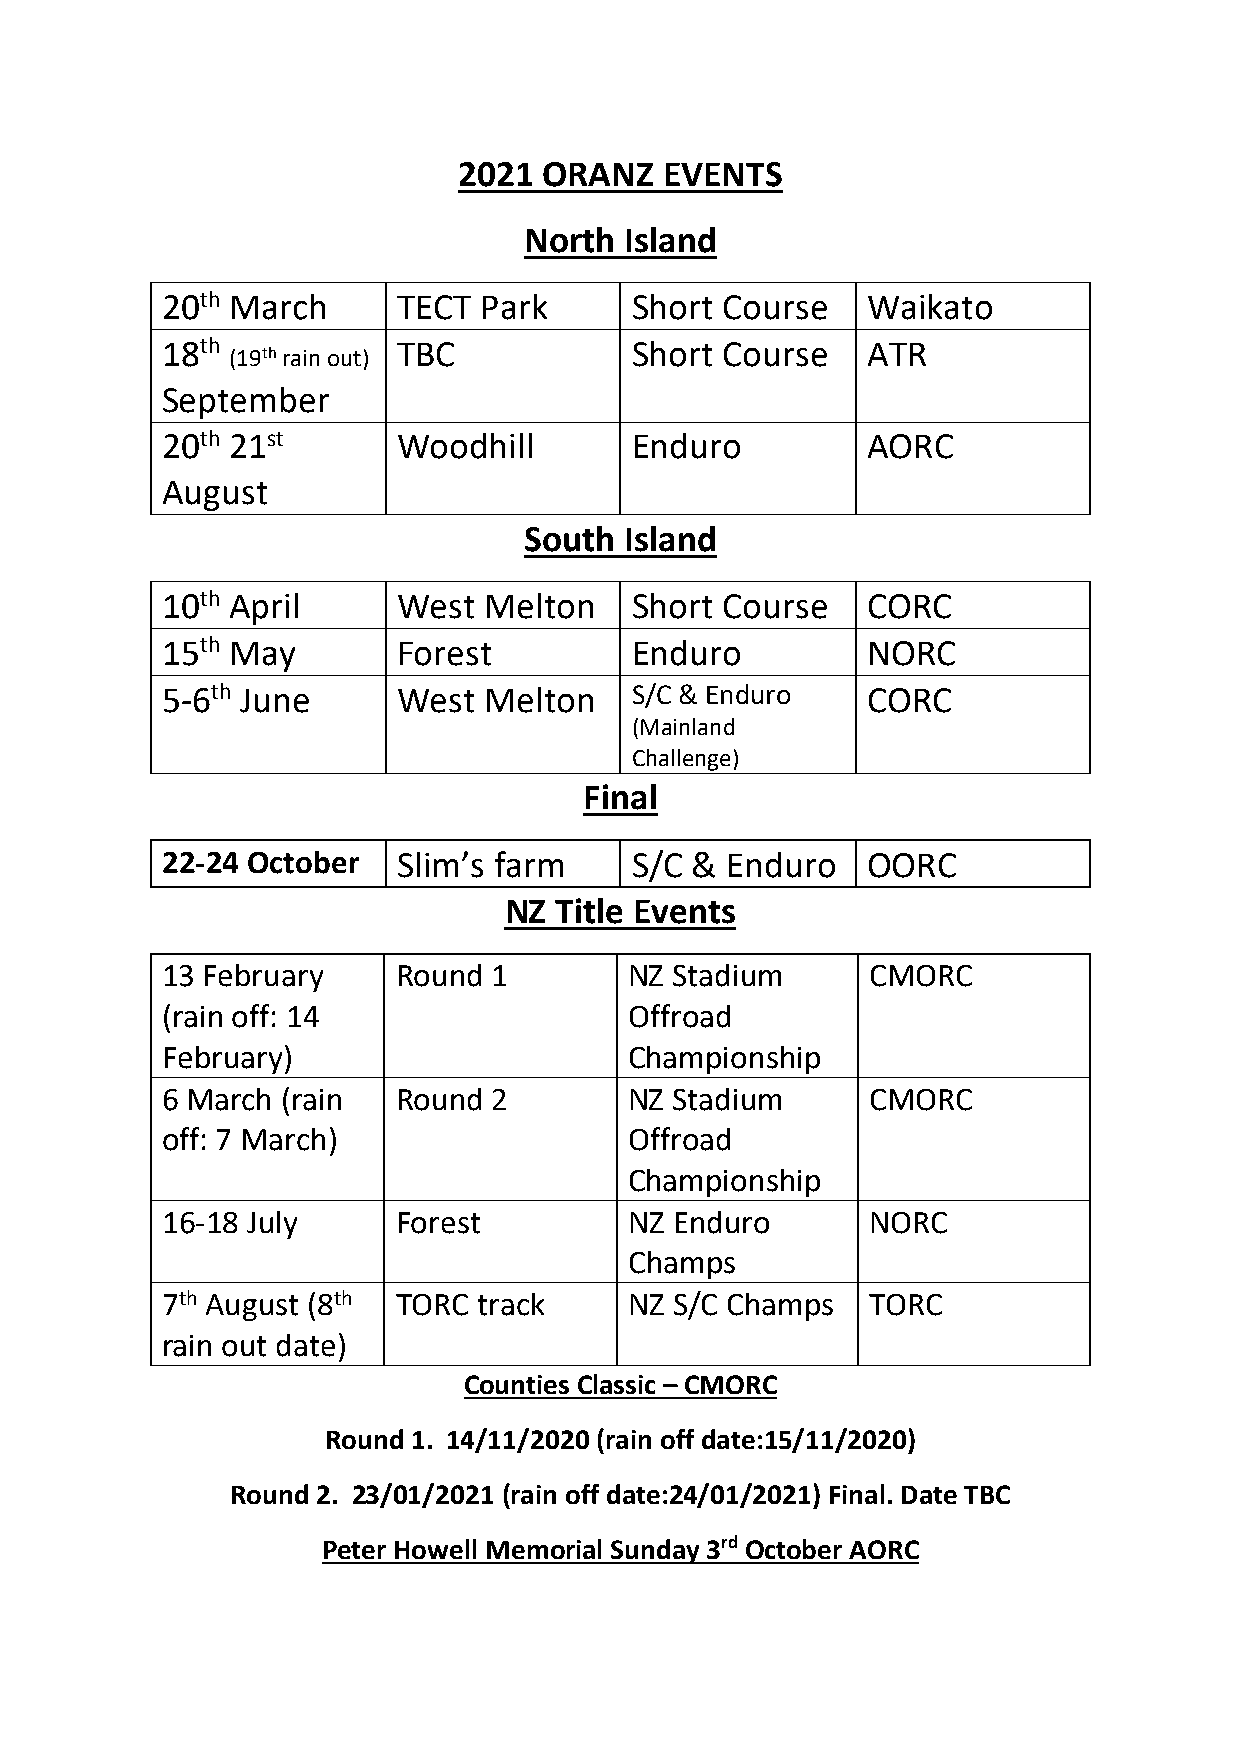
2021  ORANZ   EVENTS
 North Island
 20th March     TECT  Park      Short Course   Waikato
 18th           TBC             Short Course   ATR
 (19th rain out)
 September
 20th 21st      Woodhill        Enduro         AORC
 August
 South Island
 10th April     West  Melton    Short Course   CORC
 15th May       Forest          Enduro         NORC
 5-6th June     West  Melton    S/C & Enduro   CORC
 (Mainland
 Challenge)
 Final
 22-24 October  Slim’s farm     S/C & Enduro   OORC
 NZ  Title Events
 13 February    Round  1        NZ Stadium     CMORC
 (rain off: 14                  Offroad
 February)                      Championship
 6 March (rain  Round  2        NZ Stadium     CMORC
 off: 7 March)                  Offroad
 Championship
 16-18 July     Forest          NZ Enduro      NORC
 Champs
 7th August (8th TORC track     NZ S/C Champs  TORC
 rain out date)
 Counties Classic – CMORC
 Round 1. 14/11/2020 (rain off date:15/11/2020)
 Round 2. 23/01/2021 (rain off date:24/01/2021) Final. Date TBC
 Peter Howell Memorial Sunday 3rd October AORC